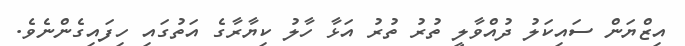
އިޒްޔަން ސައިކަލު ދުއްވާލީ ތުރު ތުރު އަޅާ ހާލު ކިޔާރާގެ އަތުގައި ހިފައިގެންނެވެ.